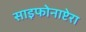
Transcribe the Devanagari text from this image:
साइफोनाप्टेरा